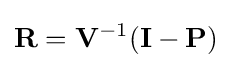
\mathbf {R} =\mathbf {V} ^{-1}(\mathbf {I} -\mathbf {P} )